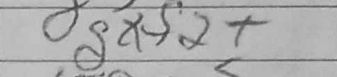
Transcription: gxf2+